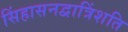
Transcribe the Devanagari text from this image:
सिंहासनद्वात्रिंशति